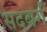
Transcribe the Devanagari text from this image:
सदबर्ग